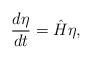
LaTeX: \begin{align*}\frac{d\eta}{dt}=\hat{H}\eta,\end{align*}